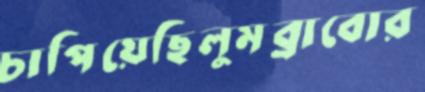
চাপিয়েছিলুমব্রাবোর